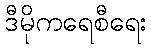
ဒီမိုကရေစီရေး